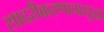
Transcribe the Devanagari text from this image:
सादरीकरणाचासुद्धा